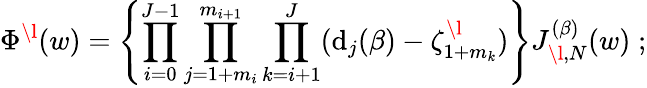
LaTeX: \Phi^{\l}(w)=\left\{ \prod_{i=0}^{J-1}\prod_{j=1+m_{i}}^{m_{i+1}}\prod_{k=i+1}^{J}(\mathrm{d}_{j}(\beta)-\zeta_{1+m_{k}}^{\l})\right\} J_{\l,N}^{(\beta)}(w)\; ;